Annual administration report of the Civil Veterinary Department of India - 1894-1895
Year: 1894
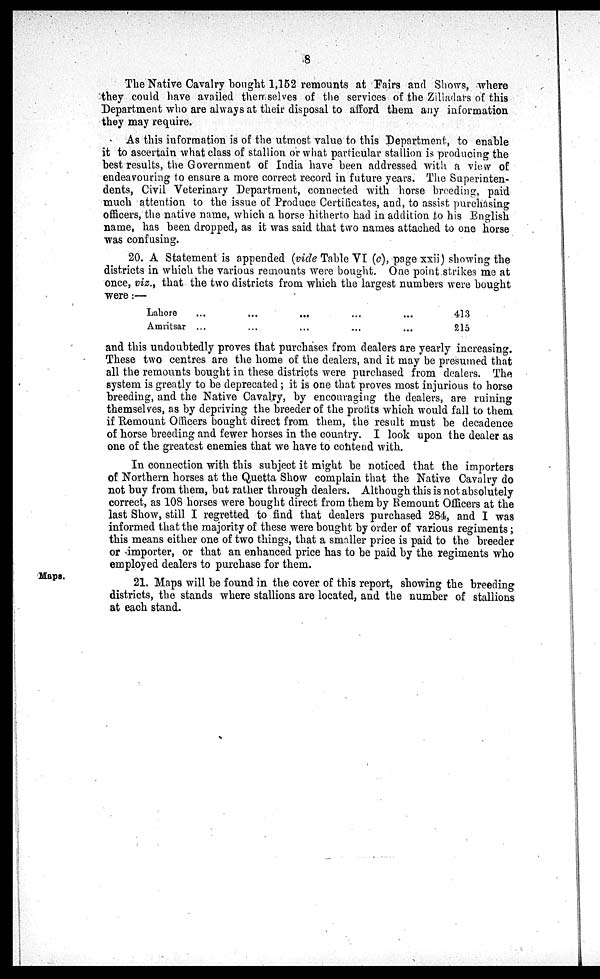
8
The Native Cavalry bought 1,152 remounts at Fairs and Shows, where
they could have availed themselves of the services of the Zilladars of this
Department who are always at their disposal to afford them any information
they may require.
As this information is of the utmost value to this Department, to enable
it to ascertain what class of stallion or what particular stallion is producing the
best results, the Government of India have been addressed with a view of
endeavouring to ensure a more correct record in future years. The Superinten-
dents, Civil Veterinary Department, connected with horse breeding, paid
much attention to the issue of Produce Certificates, and, to assist purchasing
officers, the native name, which a horse hitherto had in addition to his English
name, has been dropped, as it was said that two names attached to one horse
was confusing.
20. A Statement is appended (vide Table VI (c), page xxii) showing the
districts in which the various remounts were bought. One point strikes me at
once, viz., that the two districts from which the largest numbers were bought
were:—
Lahore
Amritsar
...
...
...
...
...
...
...
...
...
...
413
215
and this undoubtedly proves that purchases from dealers are yearly increasing.
These two centres are the home of the dealers, and it may be presumed that
all the remounts bought in these districts were purchased from dealers. The
system is greatly to be deprecated; it is one that proves most injurious to horse
breeding, and the Native Cavalry, by encouraging the dealers, are ruining
themselves, as by depriving the breeder of the profits which would fall to them
if Remount Officers bought direct from them, the result must be decadence
of horse breeding and fewer horses in the country. I look upon the dealer as
one of the greatest enemies that we have to contend with.
In connection with this subject it might be noticed that the importers
of Northern horses at the Quetta Show complain that the Native Cavalry do
not buy from them, but rather through dealers. Although this is not absolutely
correct, as 108 horses were bought direct from them by Remount Officers at the
last Show, still I regretted to find that dealers purchased 284, and I was
informed that the majority of these were bought by order of various regiments;
this means either one of two things, that a smaller price is paid to the breeder
or importer, or that an enhanced price has to be paid by the regiments who
employed dealers to purchase for them.
Maps.
21. Maps will be found in the cover of this report, showing the breeding
districts, the stands where stallions are located, and the number of stallions
at each stand.